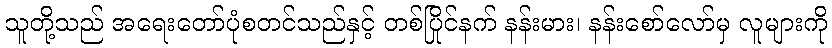
သူတို့သည် အရေးတော်ပုံစတင်သည်နှင့် တစ်ပြိုင်နက် နန်းမား၊ နန်းစော်လော်မှ လူများကို